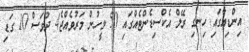
އިންޑިއާގައި ހިނގި ރޭލް އެކްސިޑެންޓެއްގައި 50 މީހުން މަރުވެއްޖެ4 ދުވަސް 10 ގަޑި